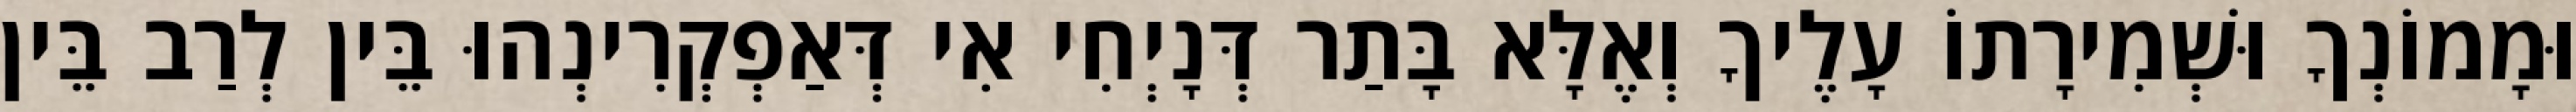
וּמָמוֹנְךָ וּשְׁמִירָתוֹ עָלֶיךָ וְאֶלָּא בָּתַר דְּנָיְחִי אִי דְּאַפְקְרִינְהוּ בֵּין לְרַב בֵּין